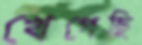
খেপেছি